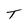
Character: T